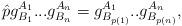
LaTeX: \begin{align*}\hat{p} g^{A_1}_{B_1}... g^{A_n}_{B_n}=g^{A_1}_{B_{p(1)}}..g^{A_n}_{B_{p(n)}},\end{align*}